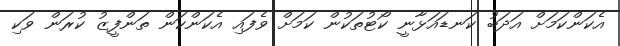
އެކަންކަމަށް އަދަބު ކަނޑައަޅާނީ ކޯޓުތަކުން ކަމަށް ވެފައި އެކަންކަން ތަންފީޒު ކުރަން ވަކި